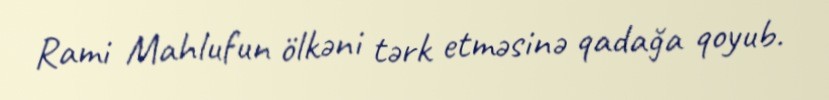
Rami Mahlufun ölkəni tərk etməsinə qadağa qoyub.